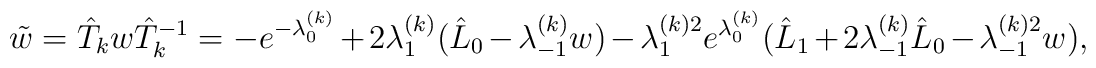
\tilde w={\hat T_k} w {\hat T_k}^{-1}= -e^{-\lambda_0^{(k)}}+2\lambda_1^{(k)}(\hat L_0-\lambda_{-1}^{(k)}w) -\lambda_1^{(k)2}e^{\lambda_0^{(k)}}(\hat L_1+2\lambda_{-1}^{(k)} \hat L_0-{\lambda_{-1}^{(k)2}}w),